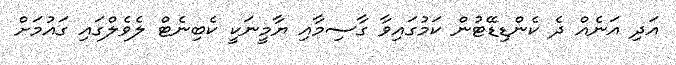
އަދި އަނެއް ދެ ކެންޑިޑޭޓުން ކަމުގައިވާ ގާސިމާއި ޔާމީނަކީ ކެބިނެޓް ލެވެލްގައި ގައުމަށް